65_HS1-834228961_62-HQ-83894_Section_6
Agency: FBI
Page 45
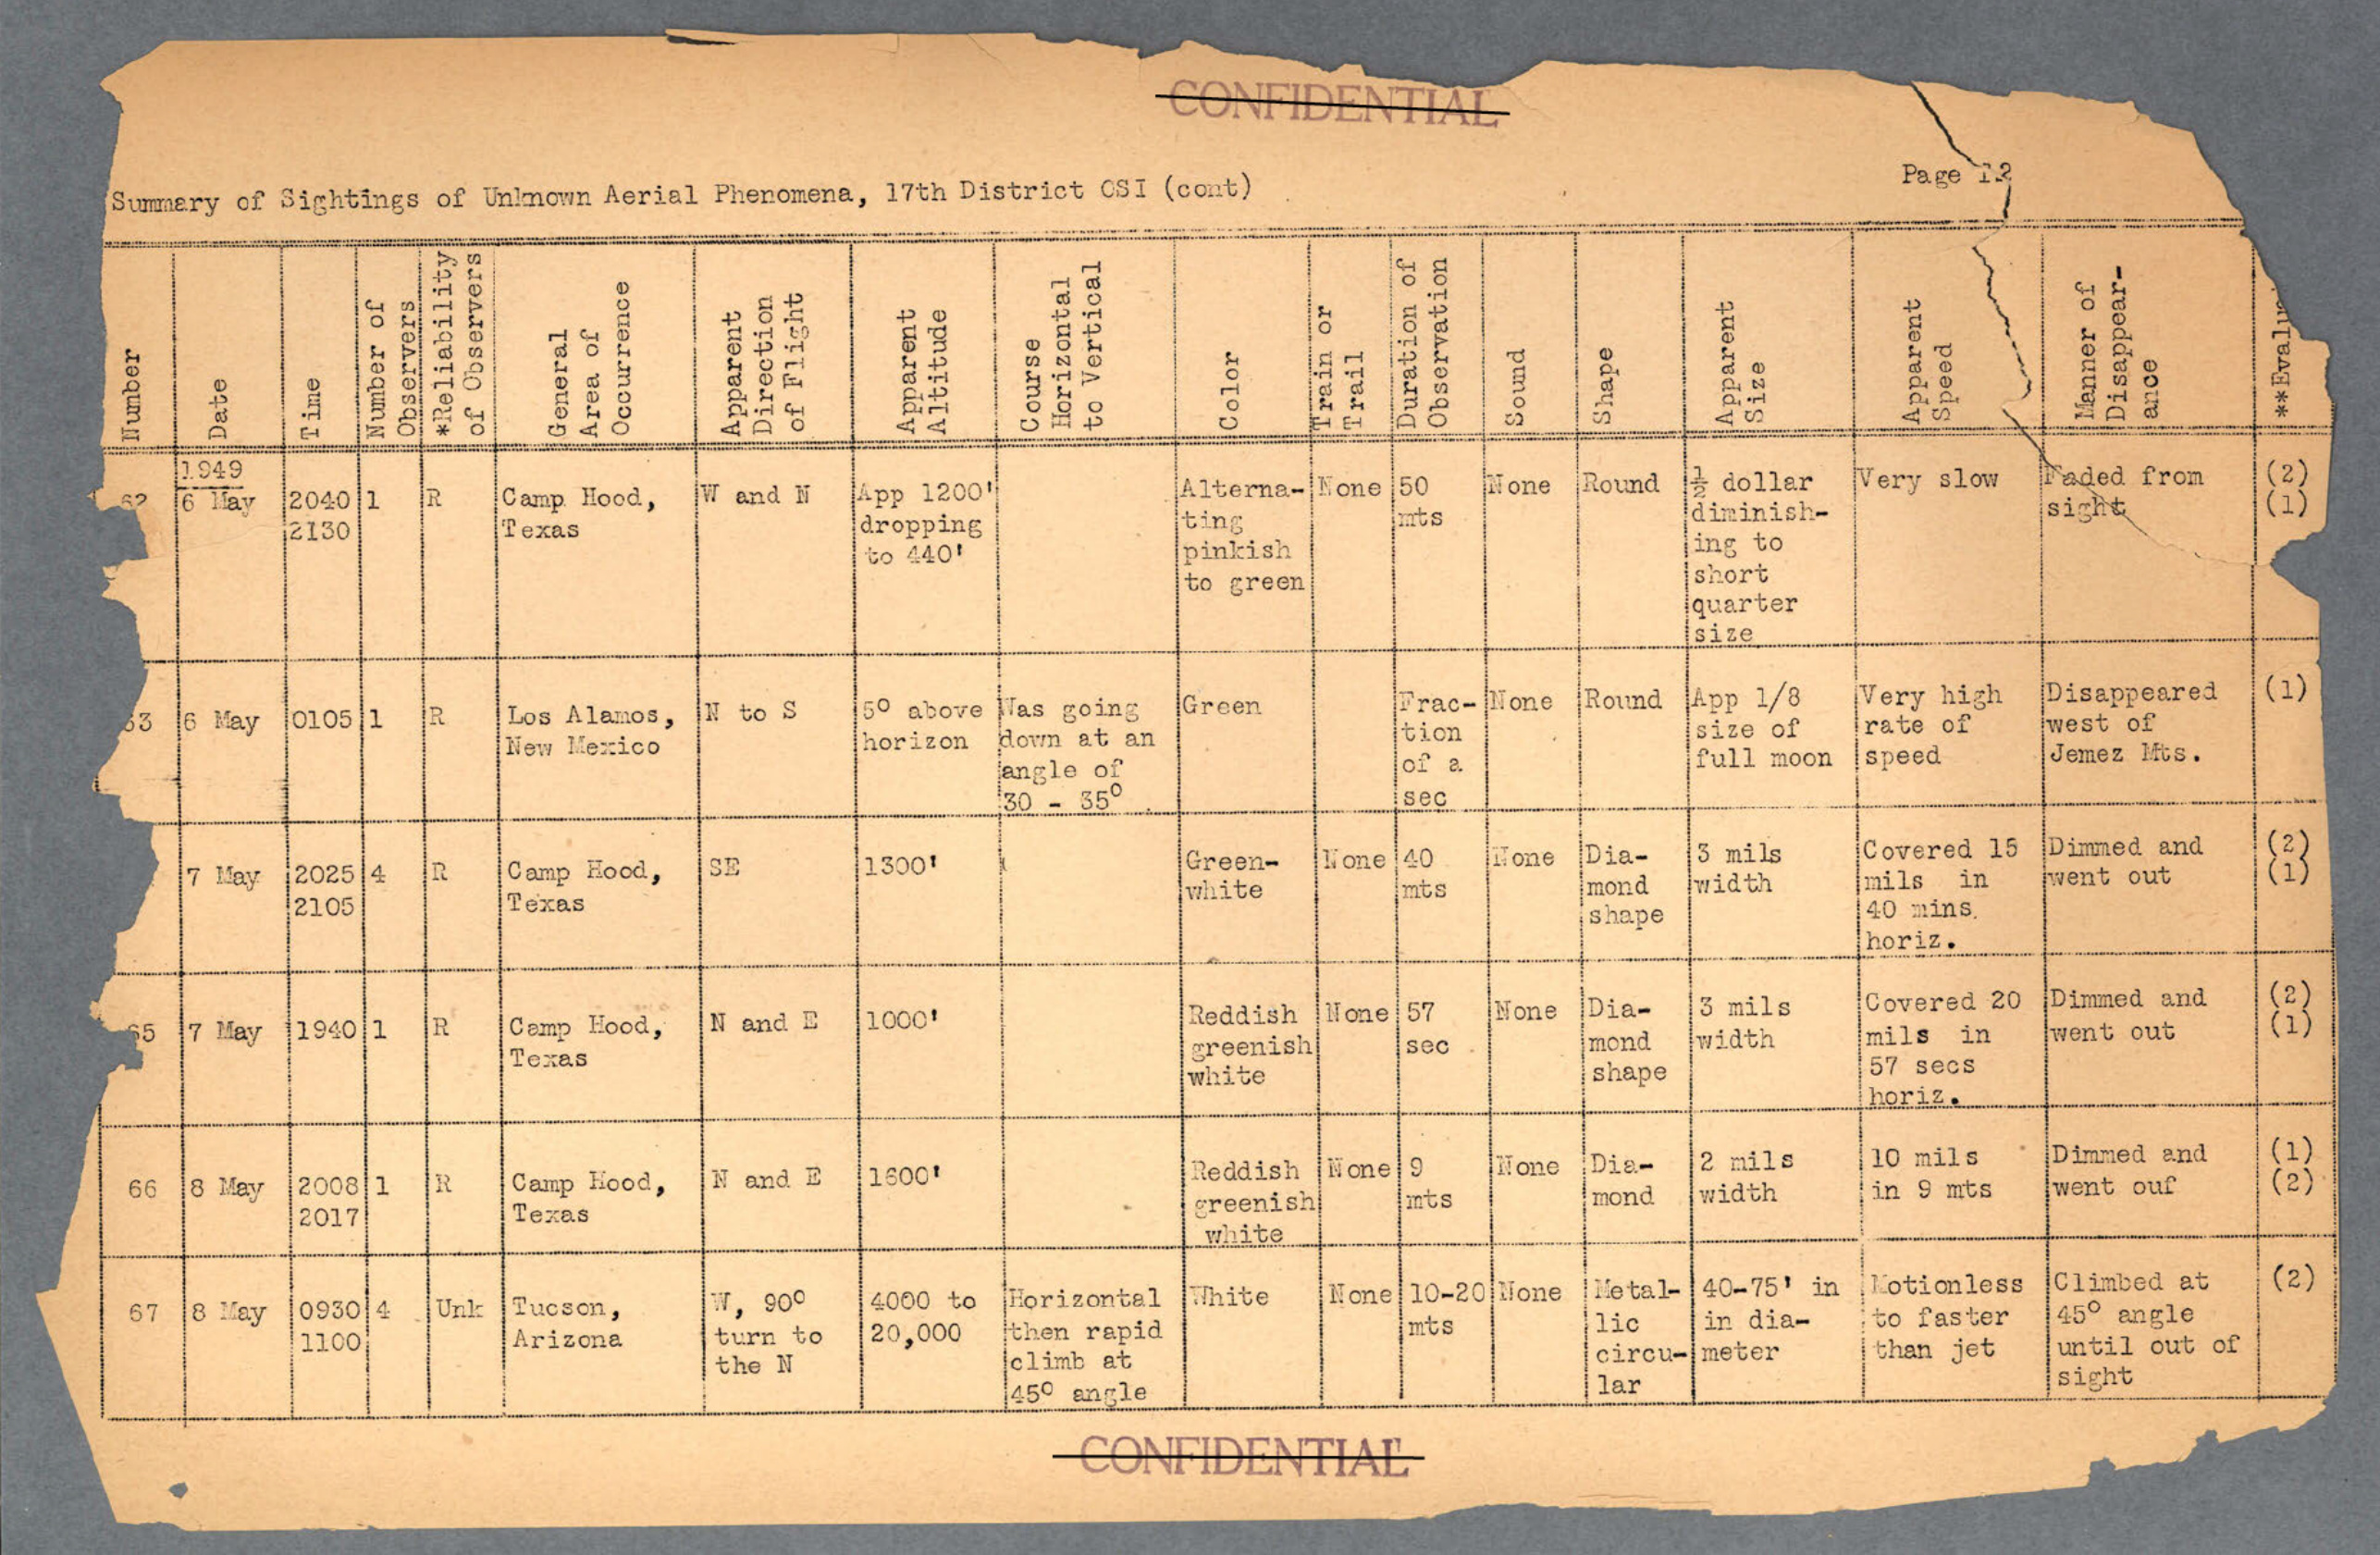